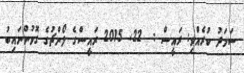
ސަމަދު ކުރެއްވި: ރައީސް :  22